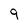
Character: 9